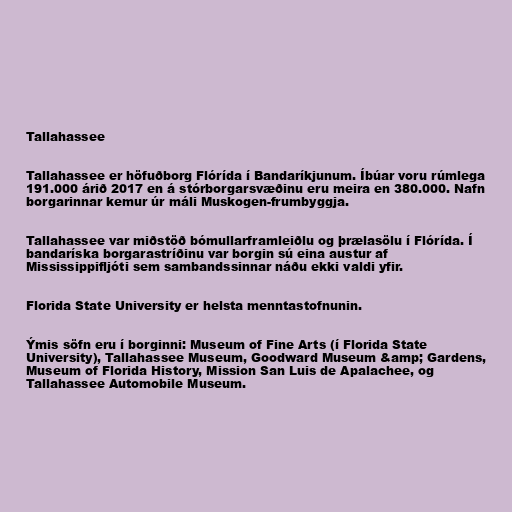
Tallahassee

Tallahassee er höfuðborg Flórída í Bandaríkjunum. Íbúar voru rúmlega
191.000 árið 2017 en á stórborgarsvæðinu eru meira en 380.000. Nafn
borgarinnar kemur úr máli Muskogen-frumbyggja.

Tallahassee var miðstöð bómullarframleiðlu og þrælasölu í Flórída. Í
bandaríska borgarastríðinu var borgin sú eina austur af
Mississippifljóti sem sambandssinnar náðu ekki valdi yfir.

Florida State University er helsta menntastofnunin.

Ýmis söfn eru í borginni: Museum of Fine Arts (í Florida State
University), Tallahassee Museum, Goodward Museum &amp; Gardens,
Museum of Florida History, Mission San Luis de Apalachee, og
Tallahassee Automobile Museum.